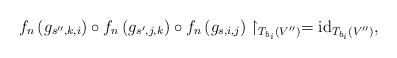
LaTeX: \begin{align*}f_{n}\left(g_{s^{\prime\prime},k,i}\right)\circ f_{n}\left(g_{s^{\prime},j,k}\right)\circ f_{n}\left(g_{s,i,j}\right)\restriction_{T_{b_{i}}\left(V^{\prime\prime}\right)}=\mathrm{id}_{T_{b_{i}}\left(V^{\prime\prime}\right)},\end{align*}